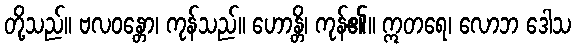
တို့သည်။ ဗလဝန္တော၊ ကုန်သည်။ ဟောန္တိ၊ ကုန်၏။ ဣတရေ၊ လောဘ ဒေါသ